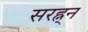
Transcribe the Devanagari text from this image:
सरह्न्न